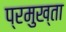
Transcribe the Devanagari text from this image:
प्रमुख्ता